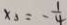
x _ { 3 } = - \frac { 1 } { 4 }